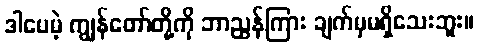
ဒါပေမဲ့ ကျွန်တော်တို့ကို ဘာညွှန်ကြား ချက်မှမရှိသေးဘူး။